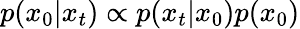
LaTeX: p(x_{0}|x_{t})\propto p(x_{t}|x_{0})p(x_{0})